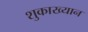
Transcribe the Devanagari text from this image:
शुकाख्यान